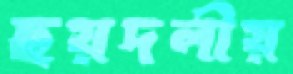
ছয়দলীয়